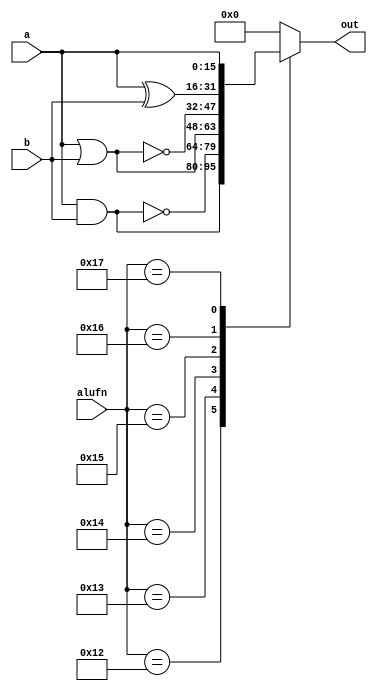
module boole16_12 (
    input [15:0] a,
    input [15:0] b,
    input [4:0] alufn,
    output reg [15:0] out
  );
  
  
  
  always @* begin
    out = 1'h0;
    
    case (alufn)
      5'h12: begin
        out = a & b;
      end
      5'h13: begin
        out = ~(a & b);
      end
      5'h14: begin
        out = a | b;
      end
      5'h15: begin
        out = ~(a | b);
      end
      5'h16: begin
        out = a ^ b;
      end
      5'h17: begin
        out = a;
      end
    endcase
  end
endmodule